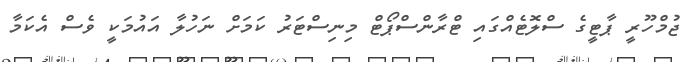
ޖުމްހޫރީ ޕާޓީގެ ސްލޮޓެއްގައި ޓްރާންސްޕޯޓް މިނިސްޓަރު ކަމަށް ނަހުލާ އައުމަކީ ވެސް އެކަމާ